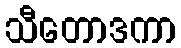
သီတောဒကာ